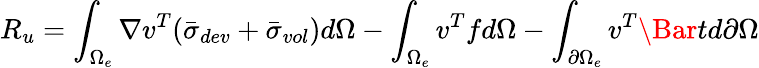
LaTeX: R_{u}=\int_{\Omega_{e}}\nabla v^{T}{\left(\bar{\sigma}_{dev}+\bar{\sigma}_{vol}\right)}d\Omega-\int_{\Omega_{e}}v^{T}fd\Omega-\int_{\partial\Omega_{e}}v^{T}\Bar{t}d\partial\Omega